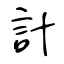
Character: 計